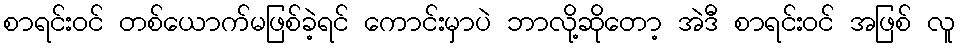
စာရင်းဝင် တစ်ယောက်မဖြစ်ခဲ့ရင် ကောင်းမှာပဲ ဘာလို့ဆိုတော့ အဲဒီ စာရင်းဝင် အဖြစ် လူ